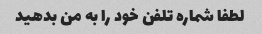
لطفا شماره تلفن خود را به من بدهید